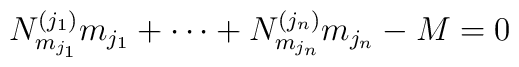
N^{(j_1)}_{m_{j_1}}m_{j_1}+\cdots+N^{(j_n)}_{m_{j_n}}m_{j_n}-M=0